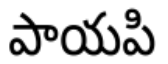
పాయపి